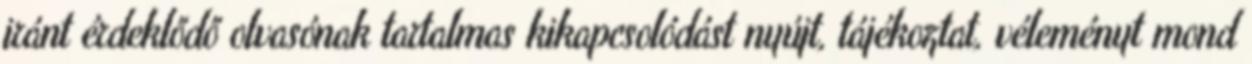
iránt érdeklődő olvasónak tartalmas kikapcsolódást nyújt, tájékoztat, véleményt mond